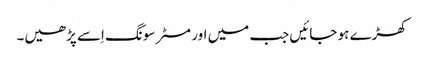
کھڑے ہو جائیں جب میں اور مسٹر سونگ اِسے پڑھیں۔